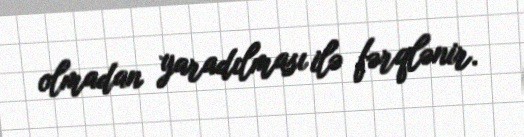
olmadan yaradılması ilə fərqlənir.